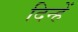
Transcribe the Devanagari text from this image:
दिन्हें